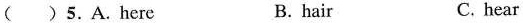
( )5.A.Here B. hair C. hear